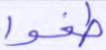
طغوا